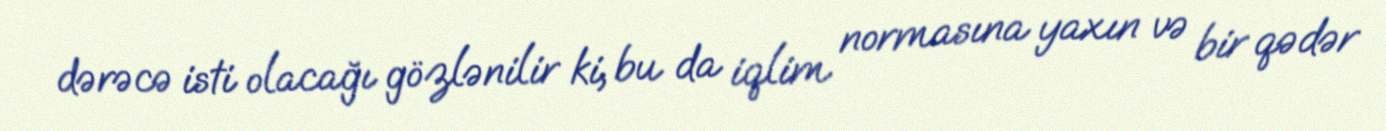
dərəcə isti olacağı gözlənilir ki, bu da iqlim normasına yaxın və bir qədər